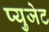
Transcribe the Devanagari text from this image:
प्युजेट